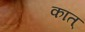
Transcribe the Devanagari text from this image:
कात्‌